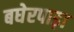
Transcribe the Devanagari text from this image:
बघेरपाड़ा